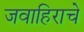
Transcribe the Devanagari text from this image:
जवाहिराचे